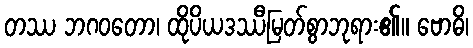
တဿ ဘဂဝတော၊ ထိုပိယဒဿီမြတ်စွာဘုရား၏။ ဗောဓိ၊